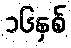
၁၆နှစ်